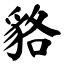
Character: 貉